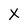
Character: X